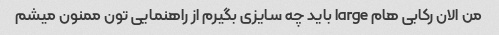
من الان رکابی هام large باید چه سایزی بگیرم از راهنمایی تون ممنون میشم